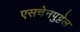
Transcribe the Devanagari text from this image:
एसचेनपुट्टेल